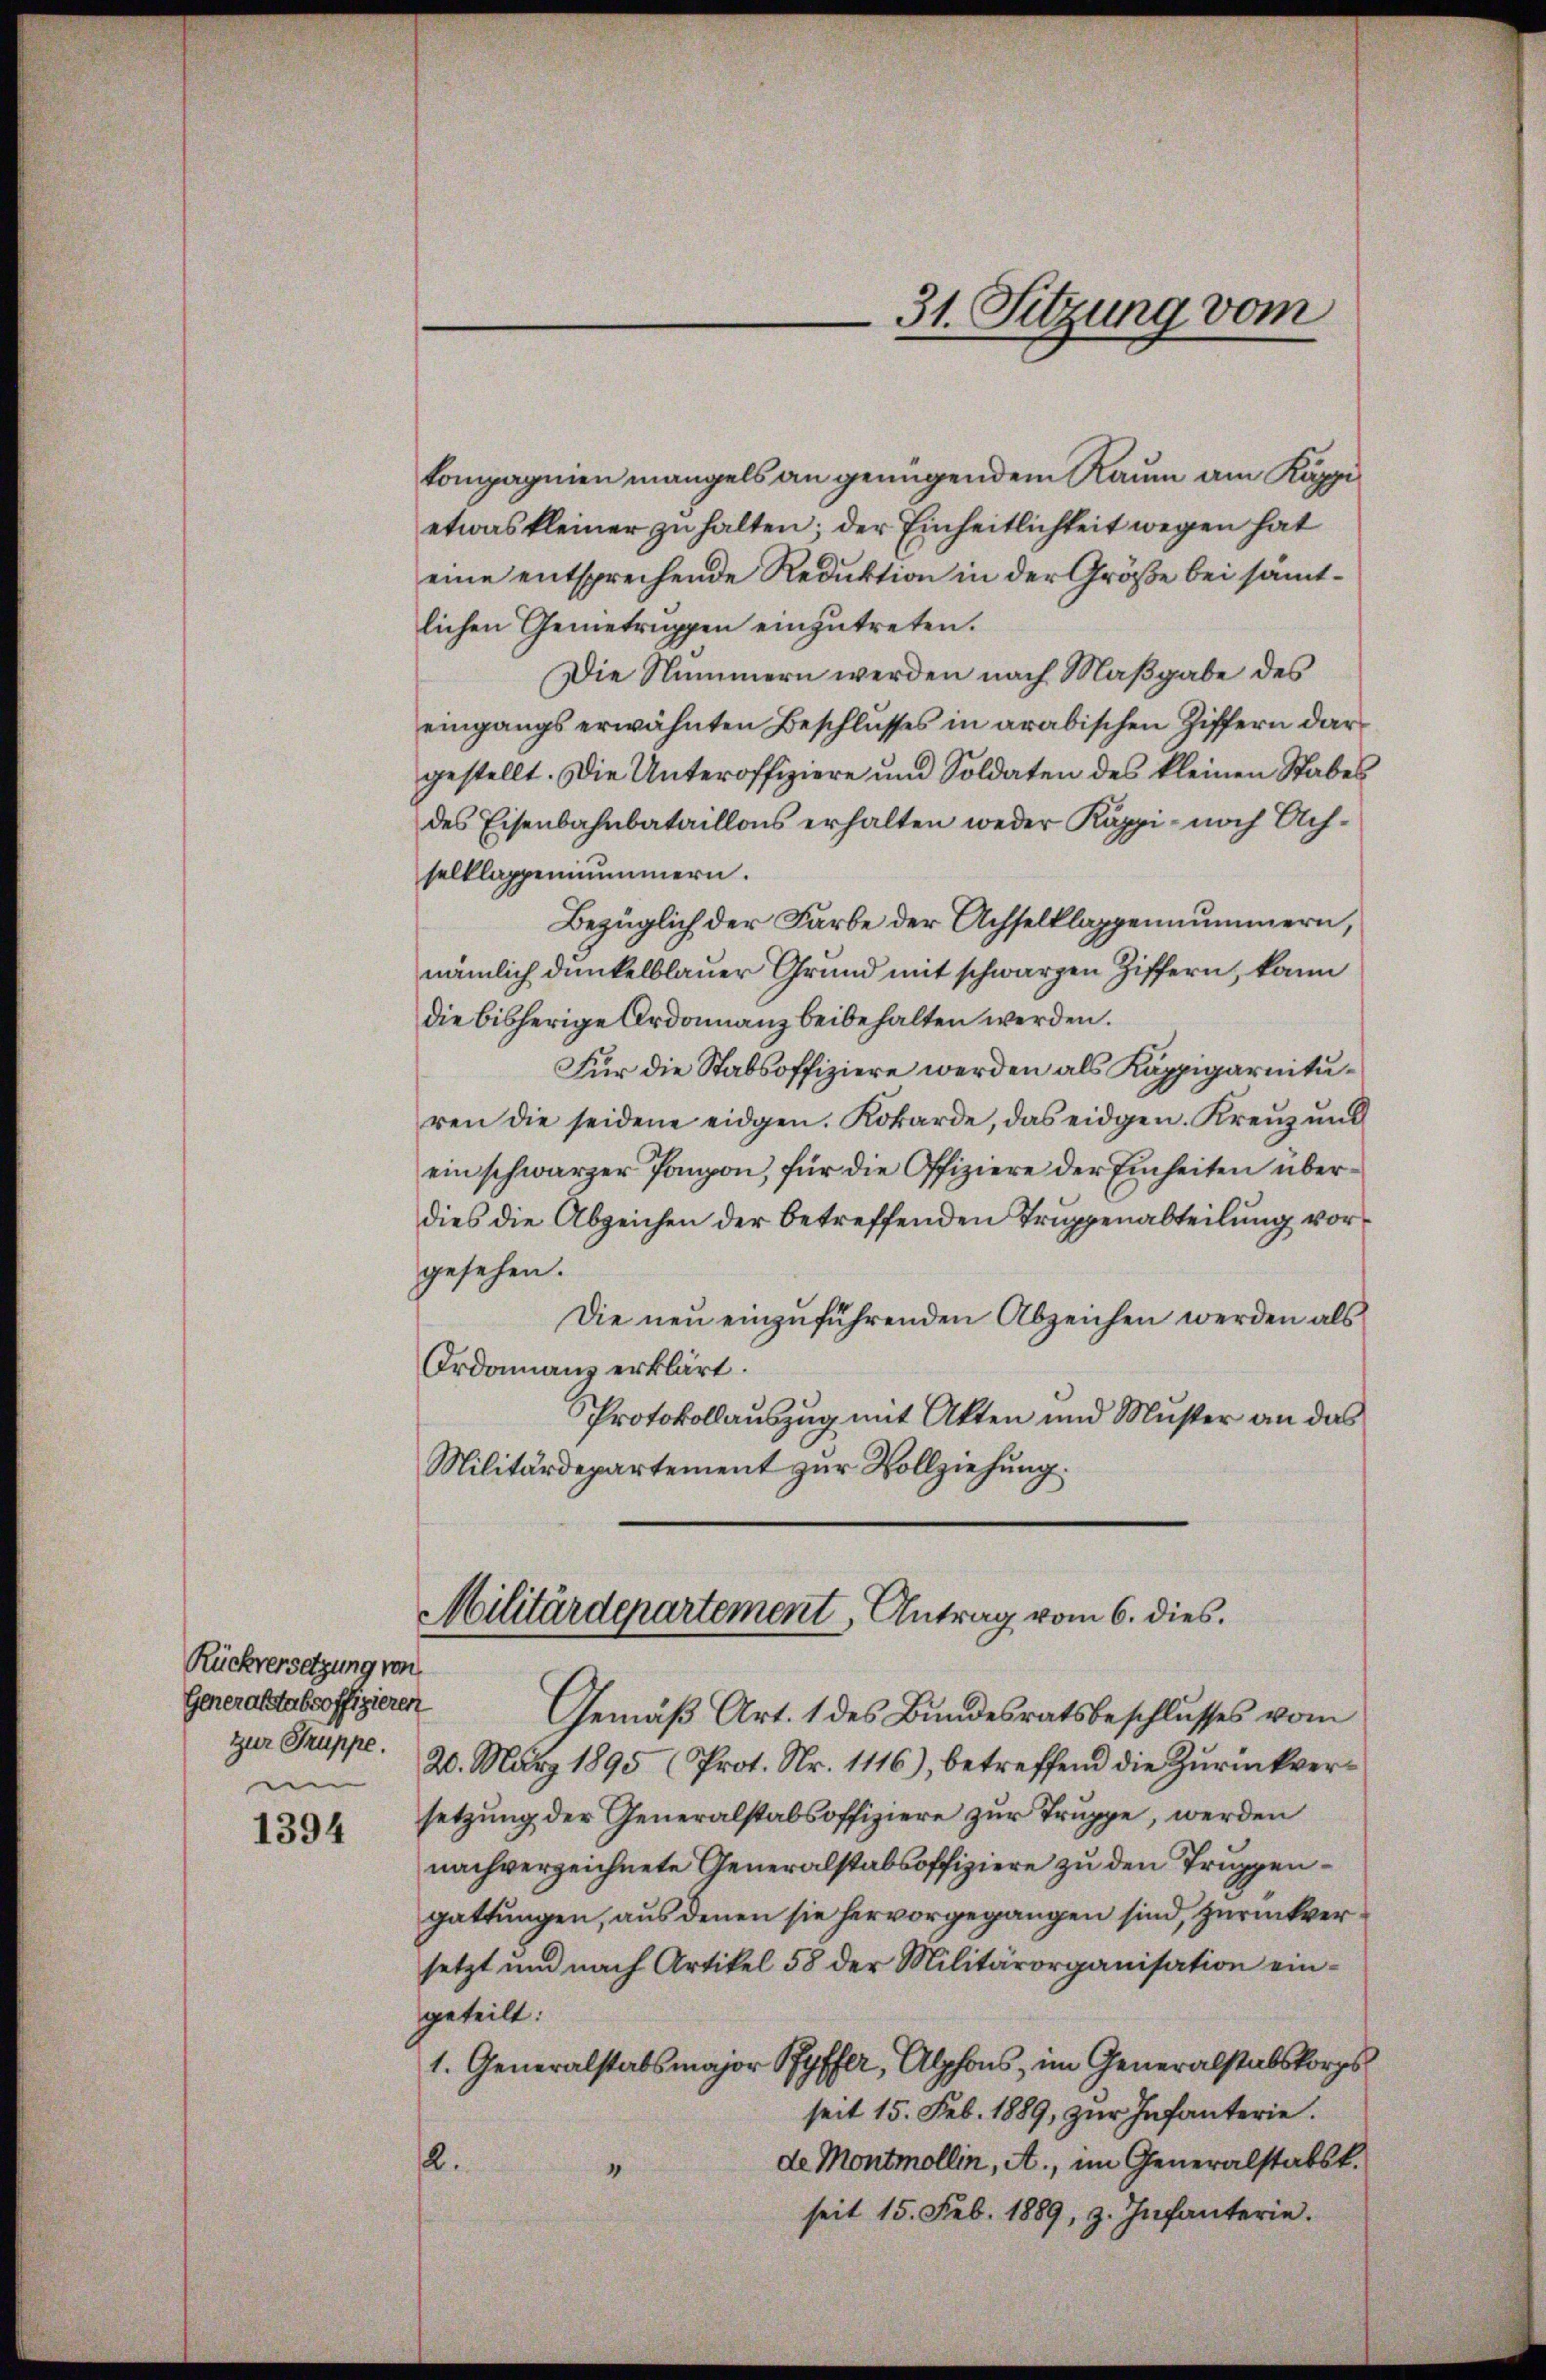
Rückversetzung von
Generalstabsoffizieren
zur Truppe.
u

1394

tomagnien mangels an genügendem Raum am Käppi
etwas kleiner zu halten; der Einheitlichkeit wegen hat
eine entsprechende Reduktion in der Größe bei sämtlichen Gemetruppen einzutreten.
Die Nummern werden nach Maßgabe des
eingangs erwähnten Beschlusses in arabischen Ziffern dargestellt. Die Unteroffiziere und Soldaten des kleinen Stabes
des Eisenbahnbataillons erhalten weder Käppi noch Achselklaggenimmern.
Bezüglich der Farbe der Achselklappennummern,
nämlich dunkelblauer Grund mit schwarzen Ziffern, kann
die bisherige Ordonnanz beibehalten werden.
Für die Stabsoffiziere werden als Käppigarnituren die seidene eidgen. Kökarde, das eidgen. Kreŭzŭnd
ein schwarzer Pampon, für die Offiziere der Einheiten überdies die Abzeichen der betreffenden Truppenabteilung vorgesehen.
Die neu einzuführenden Abzeichen werden als
Ordonanz erklärt.
Protokollauszug mit Akten und Muster an das
Militärdepartement zur Vollziehung.

Gemäß Art. 1 des Bundesratsbeschlusses vom
20. März 1895 (Prot. Nr. 1116), betreffend die Zurückversetzung der Generalstabsoffiziere zur Truppe, werden
nach verzeichnete Generalstabsoffiziere zu den Truppengattungen, aus denen sie hervorgegangen sind, zurückversetzt und nach Artikel 58 der Militärorganisation ein-
geteilt:
1. Generalstabsmajor Ryffer, Alphons, im Generalstabskorps
seit 15. Feb. 1889, zŭr Infanterie.
de Montmollin, A., im Generalstabsk.
2.
“
seit 15. Feb. 1889, z. Infanterie.

31. Sitzung vom

Militärdepartement, Antrag vom 6. dies.